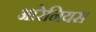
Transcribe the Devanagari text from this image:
आरेनियस